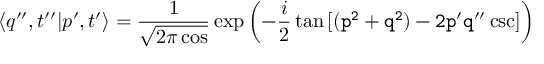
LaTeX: \langle q ^ { \prime \prime } , t ^ { \prime \prime } | p ^ { \prime } , t ^ { \prime } \rangle = { \frac { 1 } { \sqrt { 2 \pi \cos \tt } } } \exp \left( - { \frac { i } { 2 } } \tan \tt \left[ ( p ^ { 2 } + q ^ { 2 } ) - 2 p ^ { \prime } q ^ { \prime \prime } \csc \tt \right] \right)